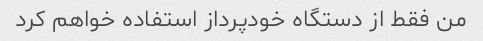
من فقط از دستگاه خودپرداز استفاده خواهم کرد